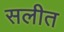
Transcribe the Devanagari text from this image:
सलीत